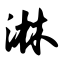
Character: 淋